Lunatic asylums Bombay report 1891-1903 - 1891-1903
Year: 1891
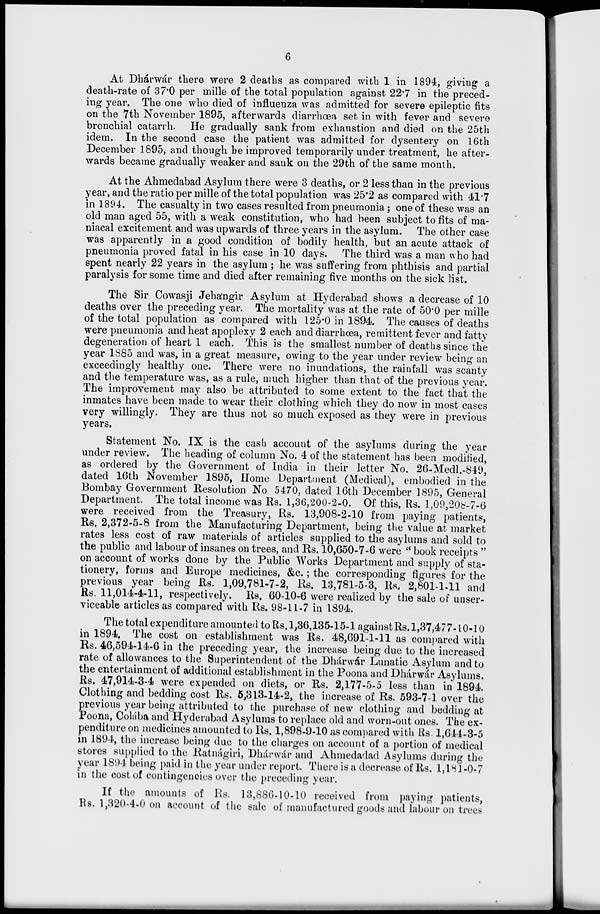
6
At Dhárwár there were 2 deaths as compared with 1 in 1894, giving a
death-rate of 37.0 per mille of the total population against 22.7 in the preced-
ing year. The one who died of influenza was admitted for severe epileptic fits
on the 7th November 1895, afterwards diarrhœa set in with fever and severe
bronchial catarrh. He gradually sank from exhaustion and died on the 25th
idem. In the second case the patient was admitted for dysentery on 16th
December 1895, and though be improved temporarily under treatment, he after-
wards became gradually weaker and sank on the 29th of the same month.
At the Ahmedabad Asylum there were 3 deaths, or 2 less than in the previous
year, and the ratio per mille of the total population was 25.2 as compared with 41.7
in 1894. The casualty in two cases resulted from pneumonia ; one of these was an
old man aged 55, with a weak constitution, who had been subject to fits of ma-
niacal excitement and was upwards of three years in the asylum. The other case
was apparently in a good condition of bodily health, but an acute attack of
pneumonia proved fatal in his case in 10 days. The third was a man who had
spent nearly 22 years in the asylum ; he was suffering from phthisis and partial
paralysis for some time and died after remaining five months on the sick list.
The Sir Cowasji Jehángir Asylum at Hyderabad shows a decrease of 10
deaths over the preceding year. The mortality was at the rate of 50.0 per mille
of the total population as compared with 125.0 in 1894. The causes of deaths
were pneumonia and heat apoplexy 2 each and diarrhœa, remittent fever and fatty
degeneration of heart 1 each. This is the smallest number of deaths since the
year 1885 and was, in a great measure, owing to the year under review being an
exceedingly healthy one. There were no inundations, the rainfall was scanty
and the temperature was, as a rule, much higher than that of the previous year.
The improvement may also be attributed to some extent to the fact that the
inmates have been made to wear their clothing which they do now in most cases
very willingly. They are thus not so much exposed as they were in previous
years.
Statement No. IX is the cash account of the asylums during the year
under review. The heading of column No. 4 of the statement has been modified,
as ordered by the Government of India in their letter No. 26-Medl.-849,
dated 16th November 1895, Home Department (Medical), embodied in the
Bombay Government Resolution No 5470, dated 16th December 1895, General
Department. The total income was Rs. 1,36,200-2-0. Of this, Rs. 1,09,208-7-6
were received from the Treasury, Rs. 13,908-2-10 from paying patients,
Rs. 2,372-5-8 from the Manufacturing Department, being the value at market
rates less cost of raw materials of articles supplied to the asylums and sold to
the public and labour of insanes on trees, and Rs. 10,650-7-6 were " book receipts "
on account of works done by the Public Works Department and supply of sta-
tionery, forms and Europe medicines, &c.; the corresponding figures for the
previous year being Rs. 1,09,781-7-2, Rs. 13,781-5-3, Rs. 2,801-1-11 and
Rs. 11,014-4-11, respectively. Rs. 60-10-6 were realized by the sale of unser-
viceable articles as compared with Rs. 98-11-7 in 1894.
The total expenditure amounted to Rs. 1,36,135-15-1 againstRs.1,37,477-10-10
in 1894. The cost on establishment was Rs. 48,691-1-11 as compared with
Rs. 46,594-14-6 in the preceding year, the increase being due to the increased
rate of allowances to the Superintendent of the Dhárwár Lunatic Asylum and to
the entertainment of additional establishment in the Poona and Dhárwár Asylums.
Rs. 47,914-3-4 were expended on diets, or Rs. 2,177-5-5 less than in 1894.
Clothing and bedding cost Rs. 5,313-14-2, the increase of Rs. 593-7-1 over the
previous year being attributed to the purchase of new clothing and bedding at
Poona, Colába and Hyderabad Asylums to replace old and worn-out ones. The ex-
penditure on medicines amounted to Rs. 1,898-9-10 as compared with Rs. 1,644-3-5
in 1894, the increase being due to the charges on account of a portion of medical
stores supplied to the Ratnágiri, Dhárwár and Ahmedadad Asylums during the
year 1894 being paid in the year under report. There is a decrease of Rs. 1,181-0-7
in the cost of contingencies over the preceding year.
If the amounts of Rs. 13,886-10-10 received from paying patients,
Rs. 1,320-4-0 on account of the sale of manufactured goods and labour on trees